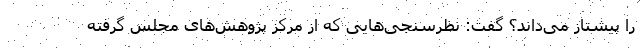
را پیشتاز می‌داند؟ گفت: نظرسنجی‌هایی که از مرکز پژوهش‌های مجلس گرفته